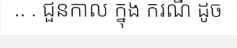
.. . ជួនកាល ក្នុង ករណី ដូច